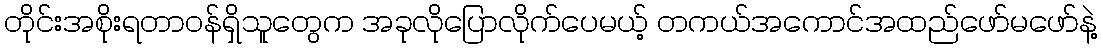
တိုင်းအစိုးရတာဝန်ရှိသူတွေက အခုလိုပြောလိုက်ပေမယ့် တကယ်အကောင်အထည်ဖော်မဖော်နဲ့